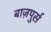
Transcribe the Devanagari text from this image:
बाज़पुर्स